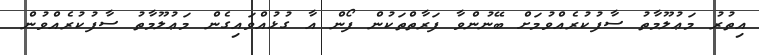
އިތުރު މަޢުލޫމާތު ސާފުކުރެއްވުމަށް ބޭނުންވާ ފަރާތްތަކުން ފޯން އާ ގުޅުއްވައިގެން މަޢުލޫމާތު ސާފުކުރެއްވުން